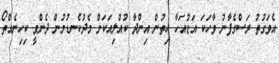
އެވަގުތު ރަސްގެފާނު ވާހަކަ އަޑުއަހާ ހިތުން އިންދާ ކުއްލިއަކަށް މެދުކެނޑުމުން ދެންވީ ކިހިނެއްތޯ